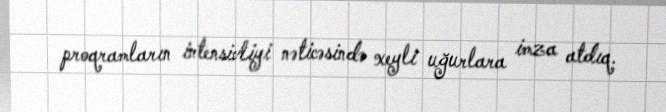
proqramların intensivliyi nəticəsində xeyli uğurlara imza atdıq.